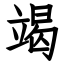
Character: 竭